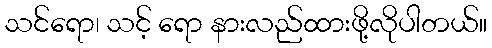
သင်ရော၊ သင့် ရော နားလည်ထားဖို့လိုပါတယ်။